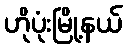
ဟိုပုံးမြို့နယ်